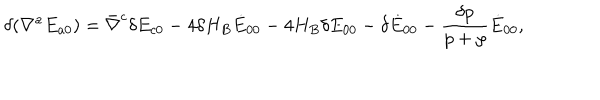
LaTeX: \delta ( \nabla ^ { a } E _ { a 0 } ) = \bar { \nabla } ^ { c } \delta E _ { c 0 } - 4 \delta H _ { B } \dot { E } _ { 0 0 } - 4 H _ { B } \delta E _ { 0 0 } - \delta \dot { E } _ { 0 0 } - \frac { \delta p } { p + \rho } \dot { E } _ { 0 0 } ,